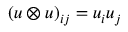
( u \otimes u ) _ { i j } = u _ { i } u _ { j }